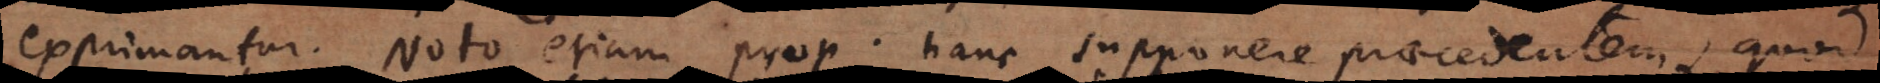
exprimantur. Noto etiam prop. hanc supponere praecedentem, quod